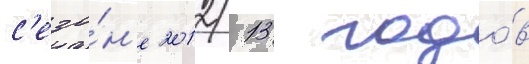
с'езо́н'е 2012/ 13 годо́в